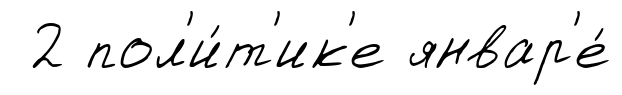
2 пол'и́т'ик'е январ'е́